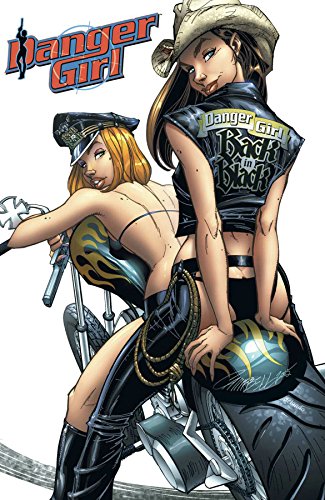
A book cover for Danger Girl: Back in Black; Andy Hartnell; Comics & Graphic Novels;